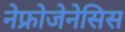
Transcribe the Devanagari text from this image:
नेफ्रोजेनेसिस